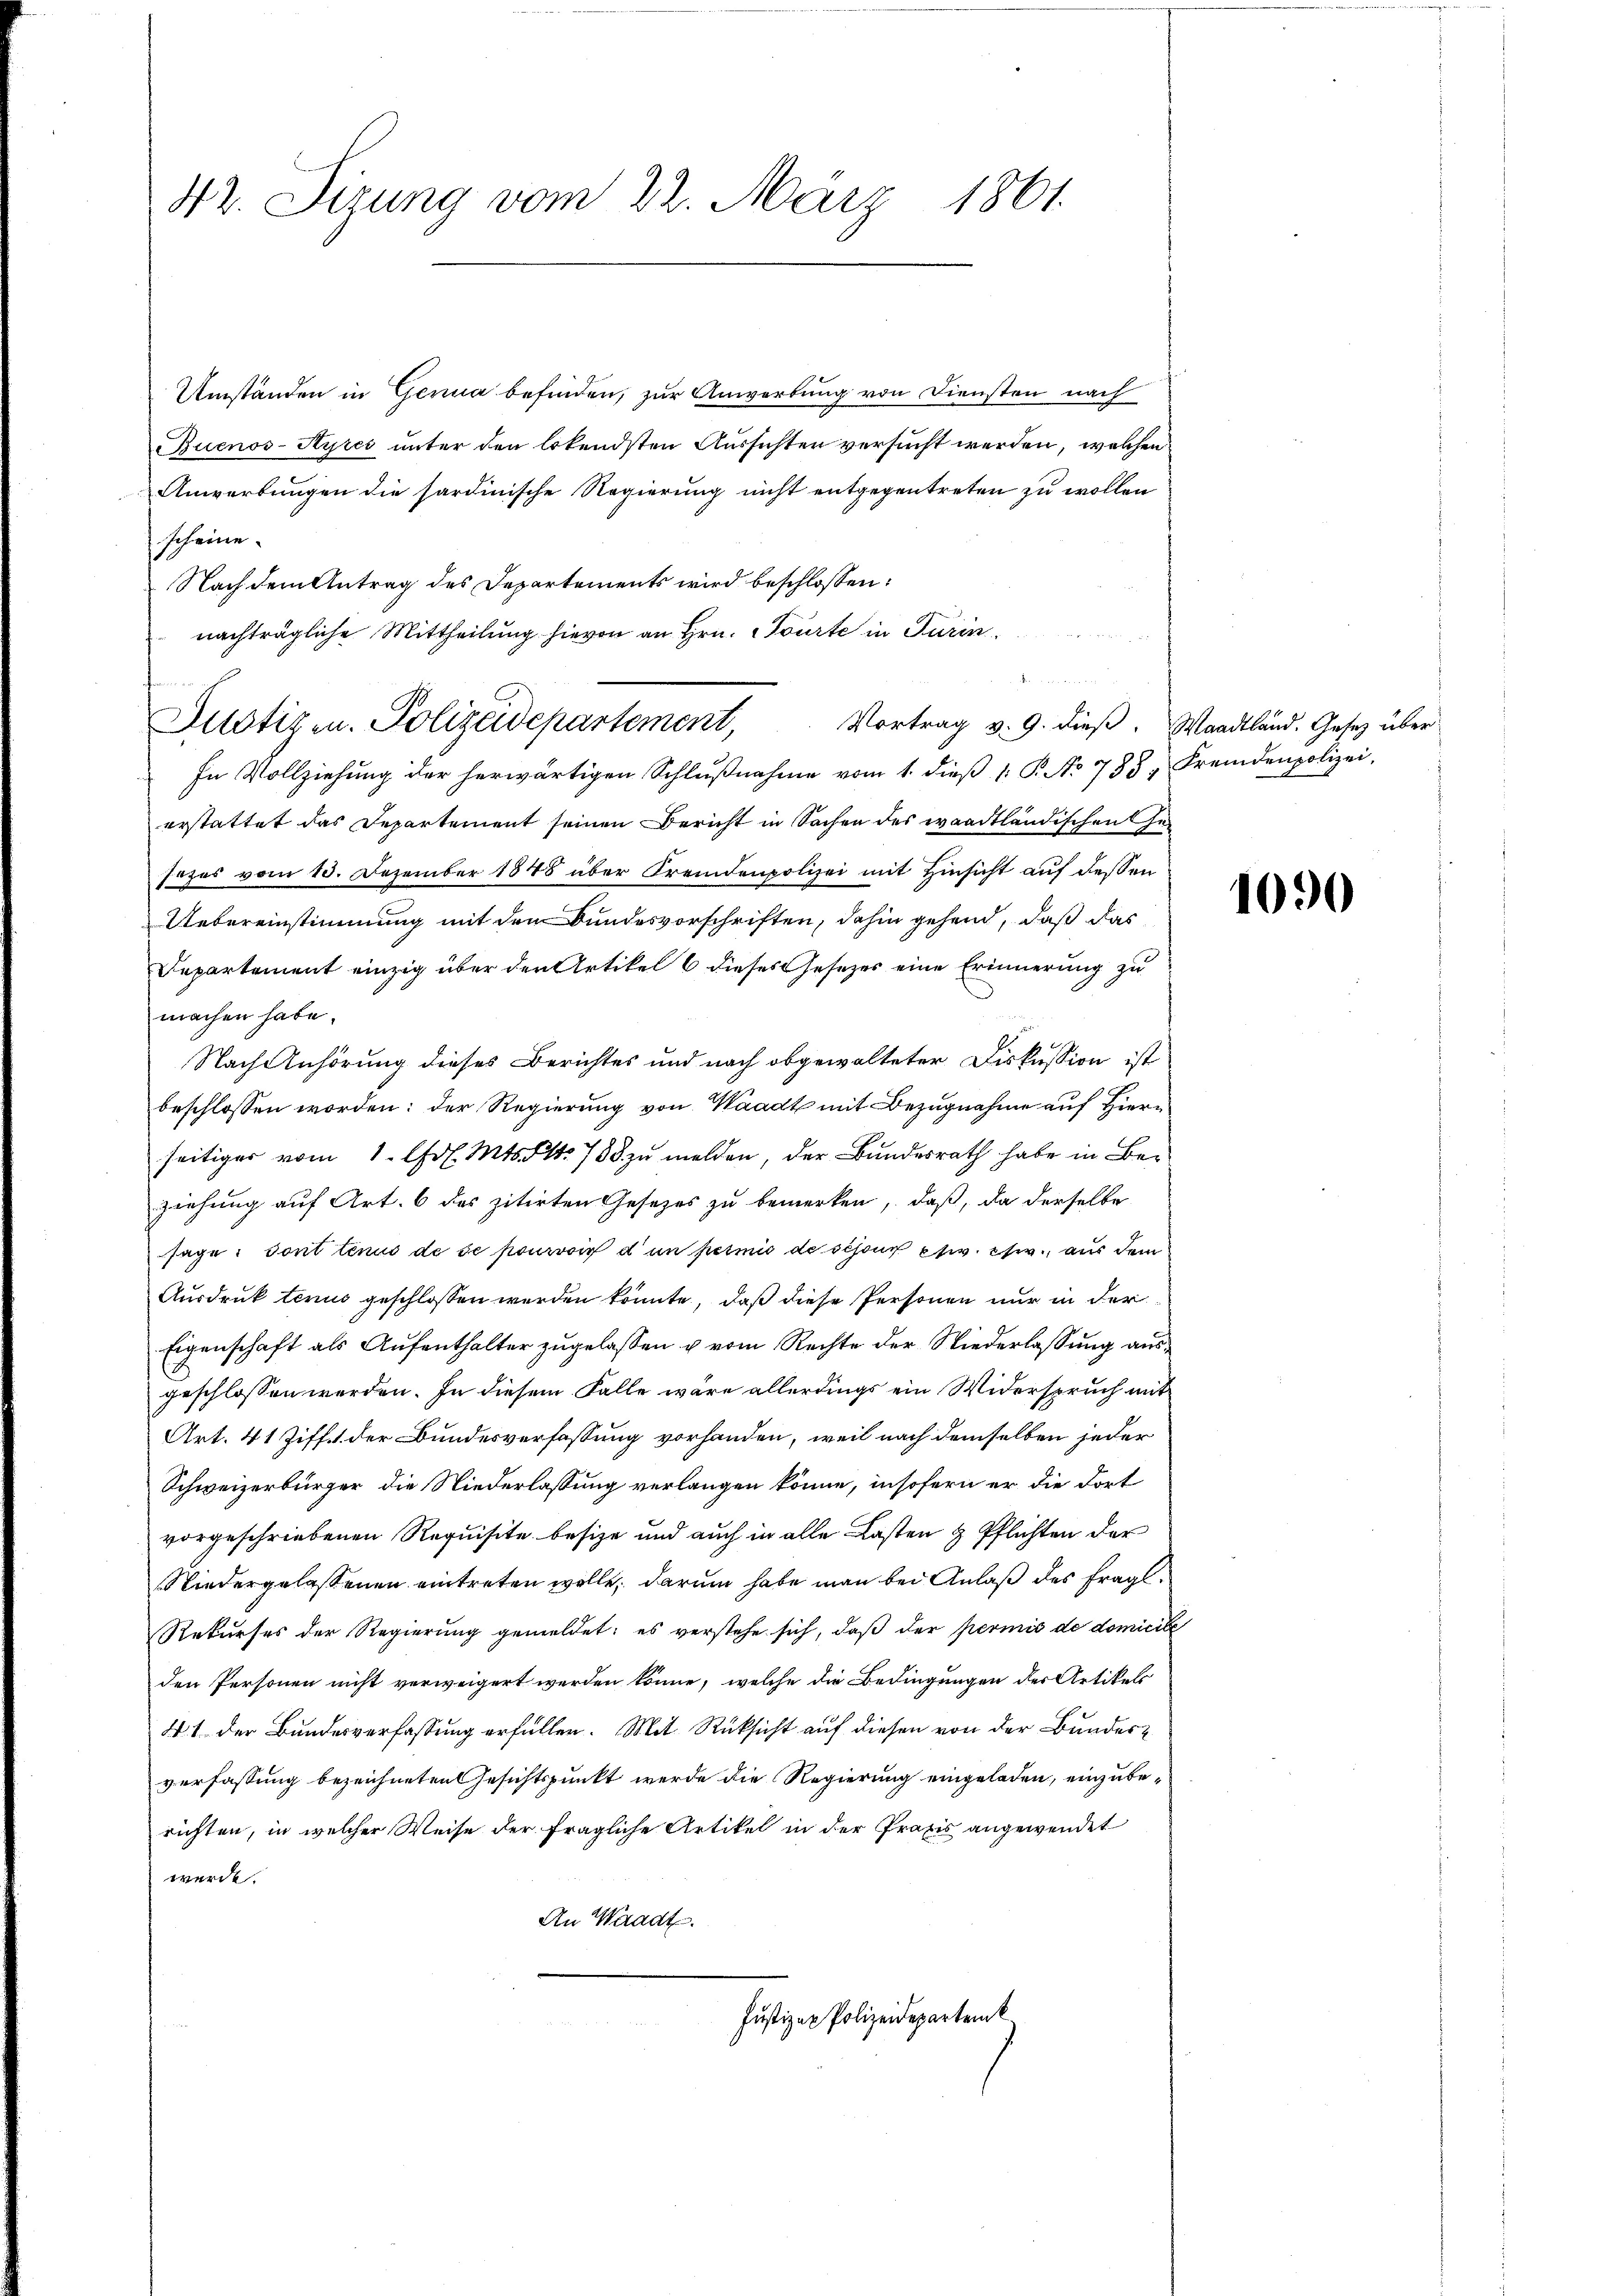
42. Sizung vom 22. März 1861.

Umständen in Genua befinden, zur Anwerbung von Diensten nach
Zuenos-Ayres unter den lokendsten Aussichten versucht werden, welchen
Anwerbungen die sardinische Regierung nicht entgegentreten zu wollen
scheine.
Nach dem Antrag des Departements wird beschlossen:
nachträgliche Mittheilung hievon an Hrn. Courte in Turinau
In Vollziehung der herwärtigen Schlußnahme vom 1. dieß 1: P. No 735 " Fremdenpolizei,
erstattet das Departement seinen Bericht in Sachen des waadtländischen Ge-
sezes vom 13. Dezember 1848 über Fremdenpolizei mit Hinsicht auf dessen
Uebereinstimmung mit den Bundesvorschriften, dahin gehend, daß das
Departement einzig über den Artikel 6 dieses Gesezes eine Erinnerung zu
machen habe.
Nach Anhörung dieses Berichtes und nach obgewalteter Diskussion ist
beschlossen worden: der Regierung von Waadt mit Bezugnahme auf Hierseitiger vom 1. Frl. Mts. 1. 738 zu melden, der Bundesrath habe in Beziehung auf Art. 6 des zitirten Gesetzes zu bemerken, daß, da derselbe
sage: Sont tenus de se pourvoir d’un permis de schon etc. etc., aus dem
Ausdruck tenus geschlossen werden könnte, daß diese Personen nur in der
Eigenschaft als Aufenthalter zugelassen u vom Rechte der Niederlassung ausgeschlossen werden. In diesem Falle wäre allerdings ein Widerspruch mit
Art. 41 Ziff. 1 der Bundesverfassung vorhanden, weil nach demselben jeder
Schweizerbürger die Niederlassung verlangen könne, insofern er die dort
vorgeschriebenen Requisite besize und auch in alle Lasten & Pflichten der
Niedergelassenen eintreten wolle, darum habe man bei Anlaß des fragl.
Rekurses der Regierung gemeldet: es verstehe sich, daß der permis de domicile
den Personen nicht verweigert werden könne, welche die Bedingungen der Artikels
. 1 der Bundesverfassung erfüllen. Mit Rüksicht auf diesen von der Bundesverfassung bezeichneten Gesichtspunkt werde die Regierung eingeladen, einzuberichten, in welcher Weise der fragliche Artikel in der Praxis angewendet
werde.
An Waadt.
Justizur Polizeidepartenk

Justizen. Polizeidepartement,

ut

Vortrag v. 9. dieß. Waadtland. Gesetz über¬

1090